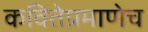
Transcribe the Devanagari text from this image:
कवितेप्रमाणेच